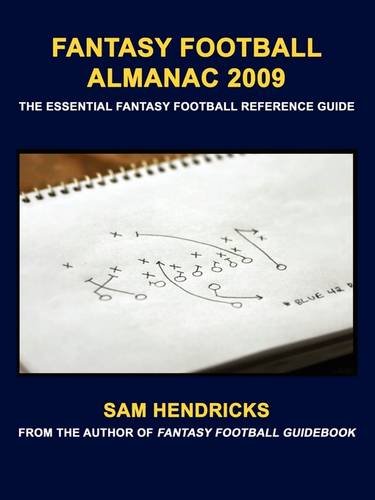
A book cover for Fantasy Football Almanac 2009: The Essential Fantasy Football Reference Guide; Sam Hendricks; Humor & Entertainment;